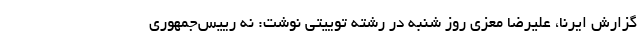
گزارش ایرنا، علیرضا معزی روز شنبه در رشته توییتی نوشت: نه رییس‌جمهوری